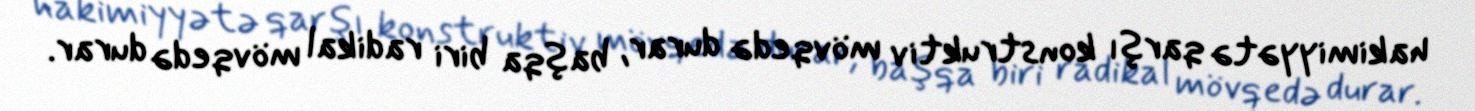
hakimiyyətə qarşı konstruktiv mövqedə durar, başqa biri radikal mövqedə durar.